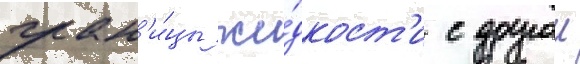
гран'и́цы жи́дкост'и с другои